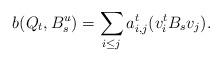
LaTeX: \begin{align*}b(Q_t,B_s^u)=\sum_{i\leq j} a_{i,j}^t (v_i^t B_s v_j).\end{align*}